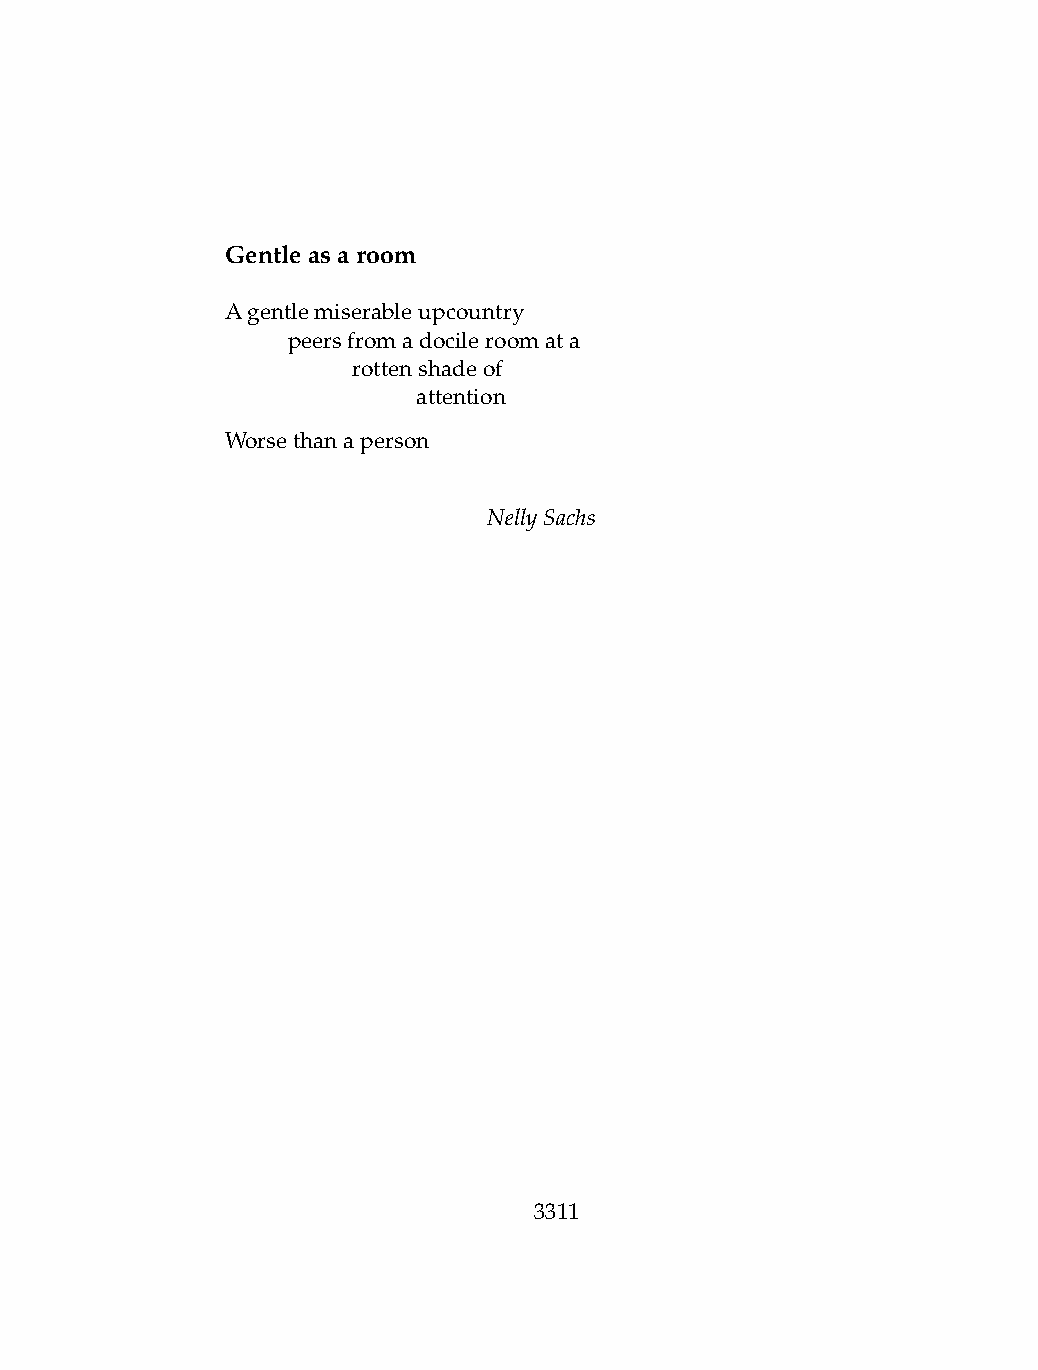
Gentleasaroom
 Agentlemiserableupcountry
 .   peersfromadocileroomata
 .   .   rottenshadeof
 .   .   .    attention
 Worsethanaperson
 NellySachs
 3311